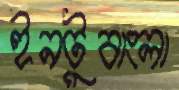
ইনটুবাংলা